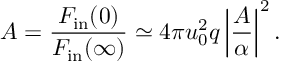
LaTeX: { \cal A } = { \frac { { \cal F } _ { \mathrm { i n } } ( 0 ) } { { \cal F } _ { \mathrm { i n } } ( \infty ) } } \simeq 4 \pi u _ { 0 } ^ { 2 } q \left\vert { \frac { A } { \alpha } } \right\vert ^ { 2 } .